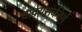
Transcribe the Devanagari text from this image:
वाक्यसंकीर्ण